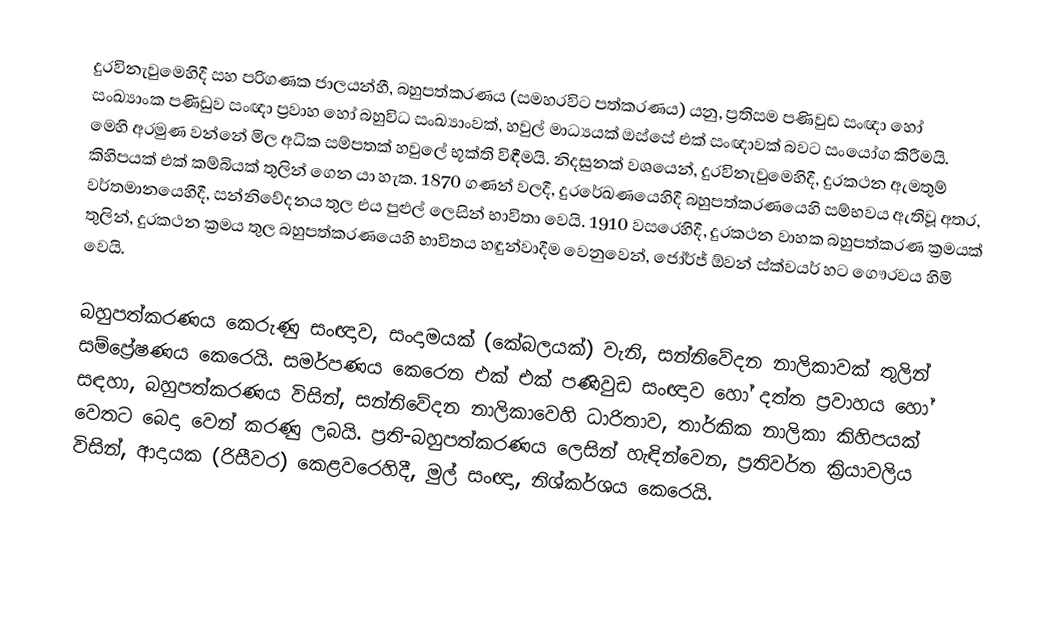
දුරවිනැවුමෙහිදී සහ පරිගණක ජාලයන්හී, බහුපත්කරණය (සමහරවිට පත්කරණය) යනු,  ප්‍රතිසම පණිවුඩ සංඥා හෝ සංඛ්‍යාංක පණිඩුව සංඥා ප්‍රවාහ හෝ බහුවිධ සංඛ්‍යාංවක්, හවුල් මාධ්‍යයක් ඔස්සේ එක් සංඥාවක් බවට සංයෝග කිරීමයි. මෙහි අරමුණ වන්නේ මිල අධික සම්පතක් හවුලේ භූක්ති විඳීමයි. නිදසුනක් වශයෙන්,  දුරවිනැවුමෙහිදී, දුරකථන ඇමතුම් කිහිපයක් එක් කම්බියක් තුලින් ගෙන යා හැක. 1870 ගණන් වලදී, දුරරේඛණයෙහිදී බහුපත්කරණයෙහි සම්භවය ඇතිවූ අතර, වර්තමානයෙහිදී,  සන්නිවේදනය තුල එය පුළුල් ලෙසින් භාවිතා වෙයි. 1910 වසරෙහිදී, දුරකථන වාහක බහුපත්කරණ ක්‍රමයක් තුලින්,  දුරකථන ක්‍රමය තුල බහුපත්කරණයෙහි භාවිතය හඳුන්වාදීම වෙනුවෙන්, ජෝර්ජ් ඕවන් ස්ක්වයර් හට ගෞරවය හිමි වෙයි.

බහුපත්කරණය කෙරුණු සංඥාව, සංදාමයක් (කේබලයක්) වැනි,  සන්නිවේදන නාලිකාවක් තුලින් සම්ප්‍රේෂණය කෙරෙයි. සමර්පණය කෙරෙන එක් එක් පණිවුඩ සංඥාව හෝ දත්ත ප්‍රවාහය හෝ සඳහා, බහුපත්කරණය විසින්, සන්නිවේදන නාලිකාවෙහි ධාරිතාව, තාර්කික නාලිකා කිහිපයක් වෙතට බෙදා වෙන් කරණු ලබයි. ප්‍රති-බහුපත්කරණය ලෙසින් හැඳින්වෙන, ප්‍රතිවර්ත ක්‍රියාවලිය විසින්, ආදායක (රිසීවර) කෙළවරෙහිදී, මුල් සංඥා, නිශ්කර්ශය කෙරෙයි.